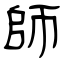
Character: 師